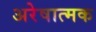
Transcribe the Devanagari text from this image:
अरेषात्मक